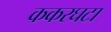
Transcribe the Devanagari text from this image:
ककरघटा